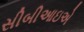
સીબીઆઇએ